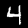
Label: 4